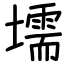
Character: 壖